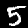
Label: 5